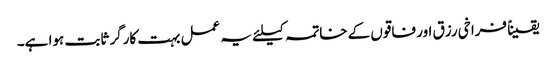
یقیناً فراخی رزق اور فاقوں کے خاتمہ کیلئے یہ عمل بہت کارگر ثابت ہوا ہے۔